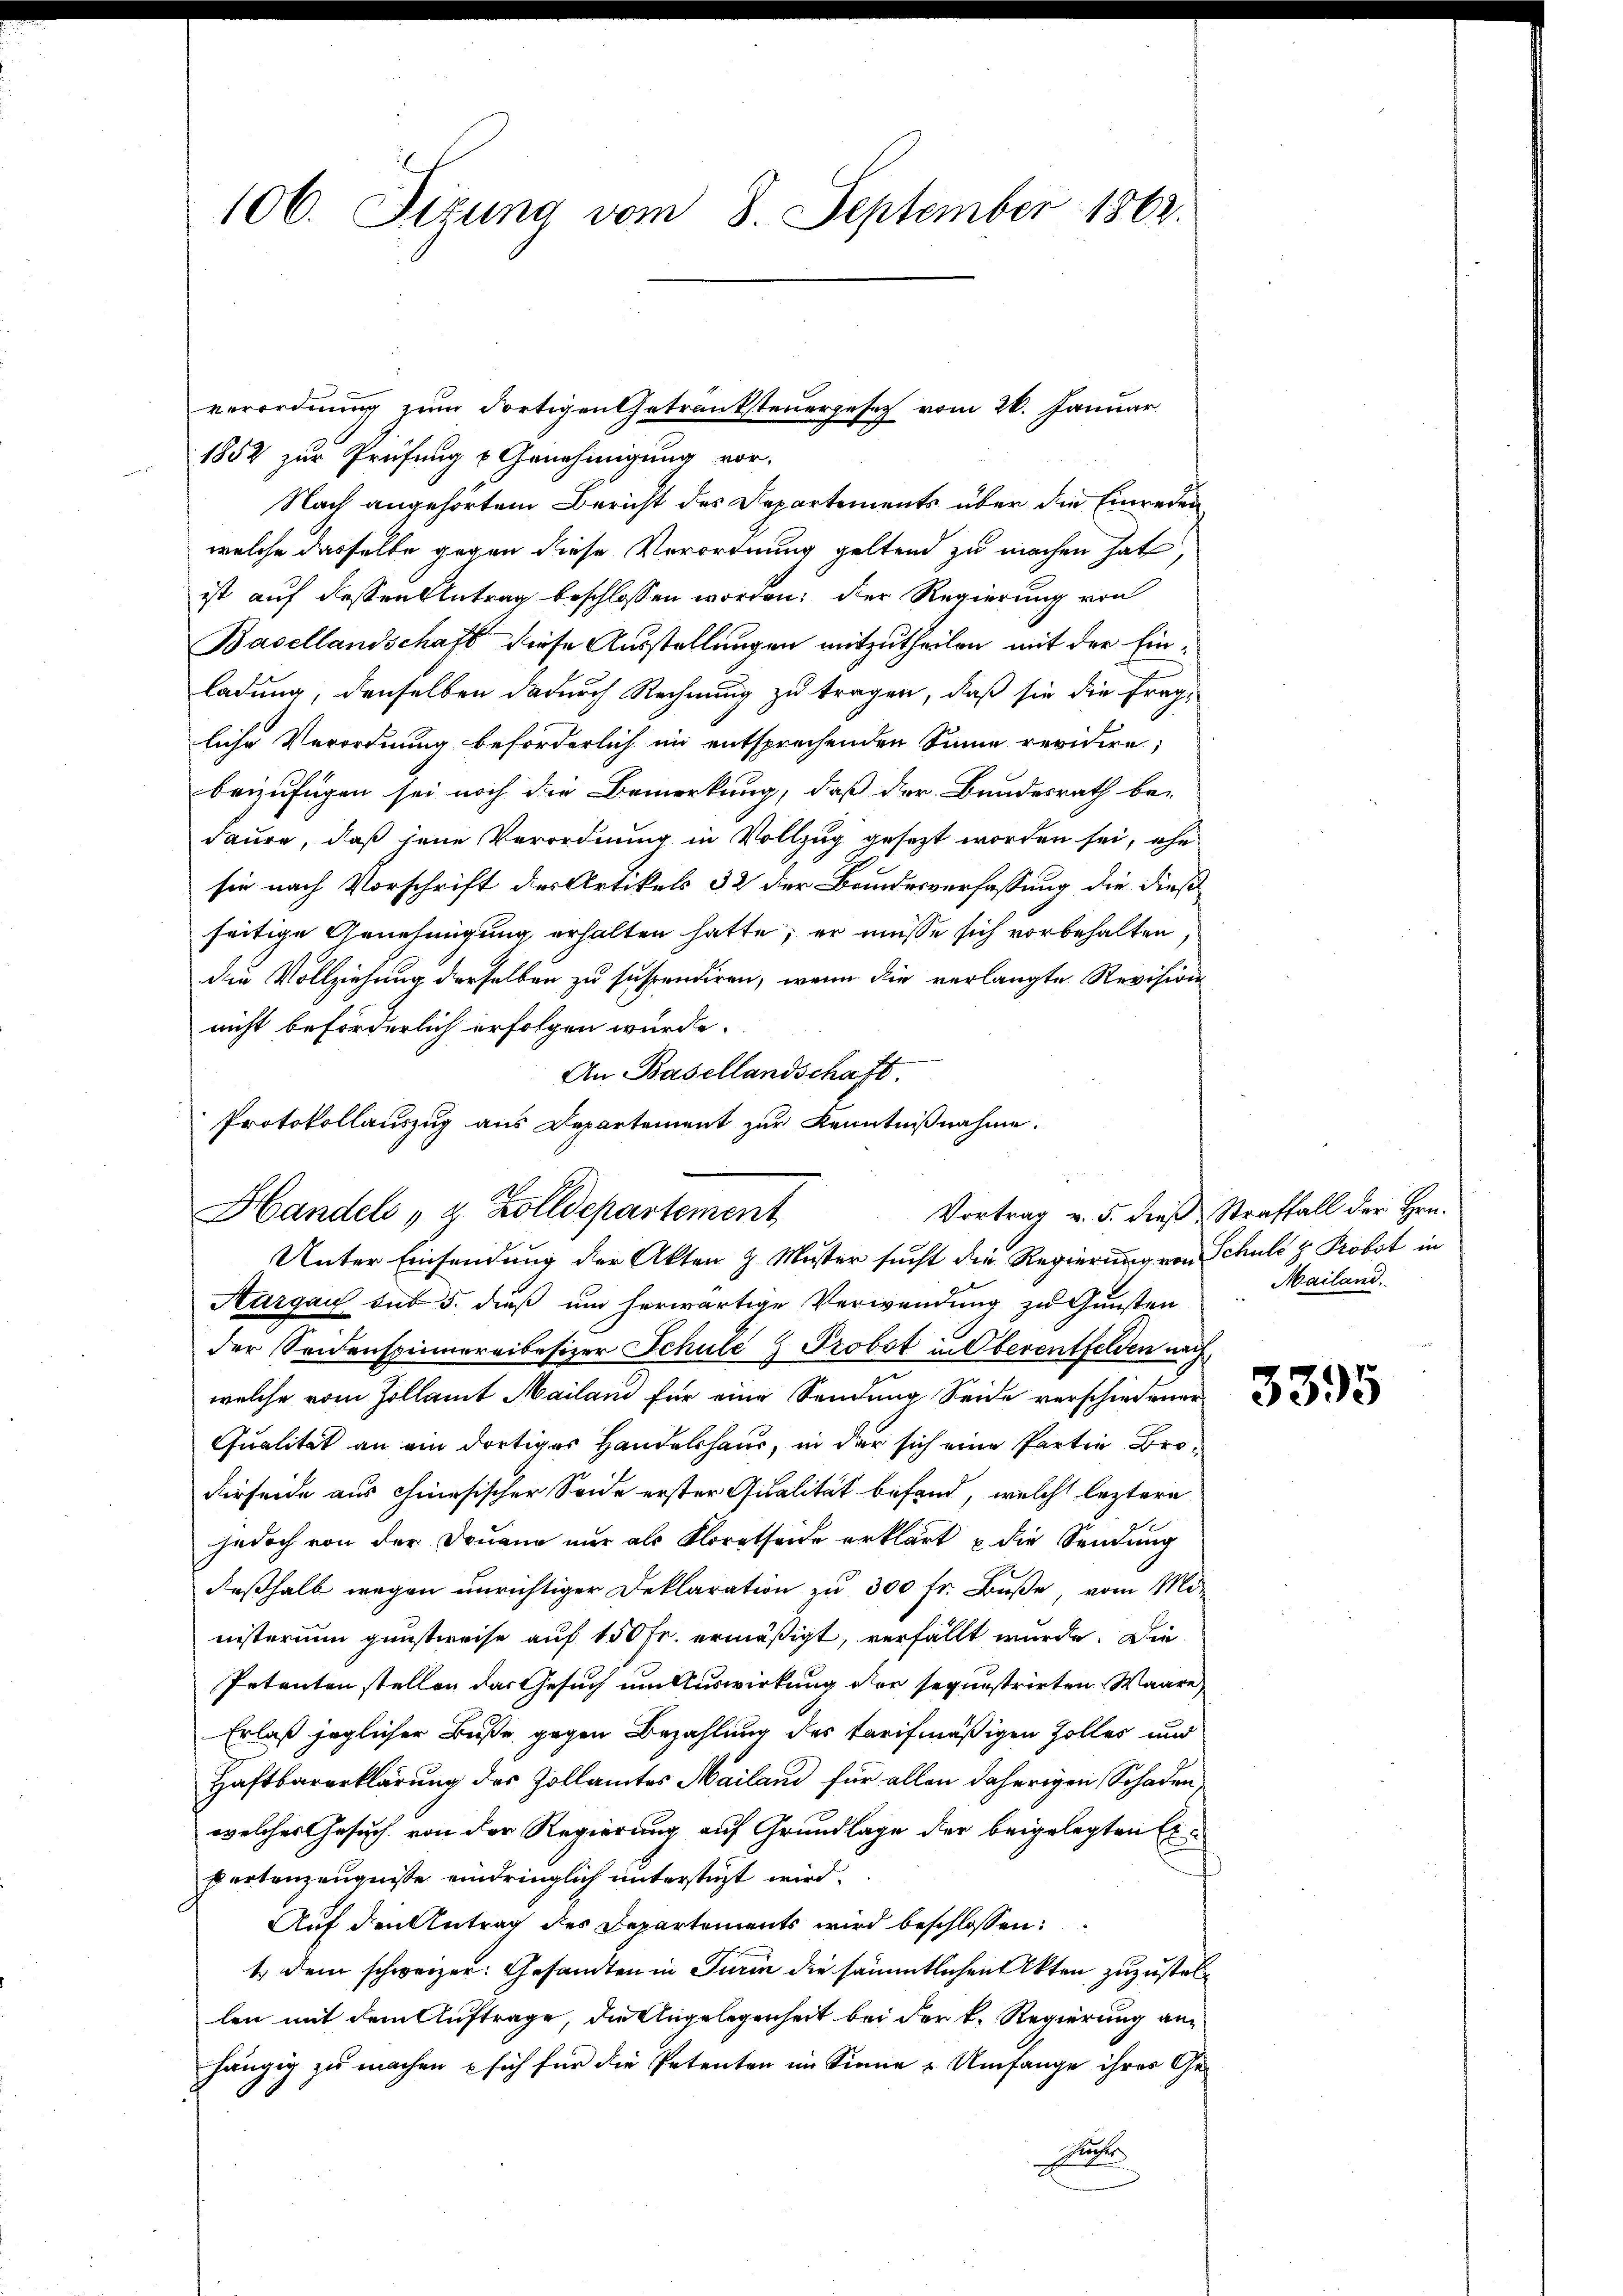
106. Sizung vom 8. September 1862.

1852 zur Prüfung & Genehmigung vor.
Nach angehörtem Bericht des Departements über die Einredenwelche dasselbe gegen diese Verordnung geltend zu machen hat,
ist auf dessen Antrag beschlossen worden. Der Regierung von
Basellandschaft diese Ausstellungen mitzutheilen mit der Einladung, denselben dadurch Rechnung zu tragen, daß sie die fragliche Verordnung beförderlich im entsprechenden Sinne revidire;
beizufügen sei noch die Bemerkung, daß der Bundesrath be-
daure, daß jene Verordnung in Vollzug gesezt worden sei, ehe
sie nach Vorschrift des Artikels 32 der Bandesverfassung die dieß
seitige Genehmigung erhalten hatte; er müsse sich vorbehalten,
die Vollziehung derselben zu suspendiren, wenn die verlangte Revision
nicht beförderlich erfolgen würde.
An Basellandschaft.
Aargau sub 5. dieß um herwärtige Verwendung zu Gunsten
der Seidenspinnereibesizer Schule & Probst in Oberentfelden auch
welche vom Zollamt Mailand für eine Sendung Seide verschiedener
Qualität an ein dortiges Handelshaus, in der sich eine Partin Bro¬
Ferseide aus chinesischer Seide erster Qualität befand, welche leztere
jedoch von der Domann nur als Kloratseide erklärt u die Sendung
deßhalb wegen unrichtiger Deklaration zu 300 fr. Buße, vom Mor
nisterium gunstweise auf 150 Fr. ermäßigt, verfällt wurde. Die
Petenten stellen das Gesuch um Auswirkung der sequestrirten Waare,
Erlaß jeglicher Buße gegen Bezahlung des Tarifmäßigen Zolles und
Haftbarerklärung des Zollamtes Mailand für allen daherigen Schaden,
welches Gesuch von der Regierung auf Grundlage der beigelegten Ex¬
Bertanzeugnisse eindringlich unterstüzt wird.
Auf den Antrag des Departements wird beschlossen:
t dem schweizer: Gesamten in Turin die sämmtlichen Akten, zuzustellen mit dem Auftrage, die Angelegenheit bei der k. Regierung anhängig zu machen & sich für die Petenten im Sinne Umfange ihres Ge-
A

verordnung zum dortigen Getranksteuergesez vom 26. Januar

Protokollauszug aus Departement zur Kenntnißnahme.
Vortrag v. 5. dieß Straffall der Hrn.
Handels & Zolldepartement
Unter Einsendung der Akten & Muster sucht die Regierung von Schuld z. Probst in

Mailand.

3395